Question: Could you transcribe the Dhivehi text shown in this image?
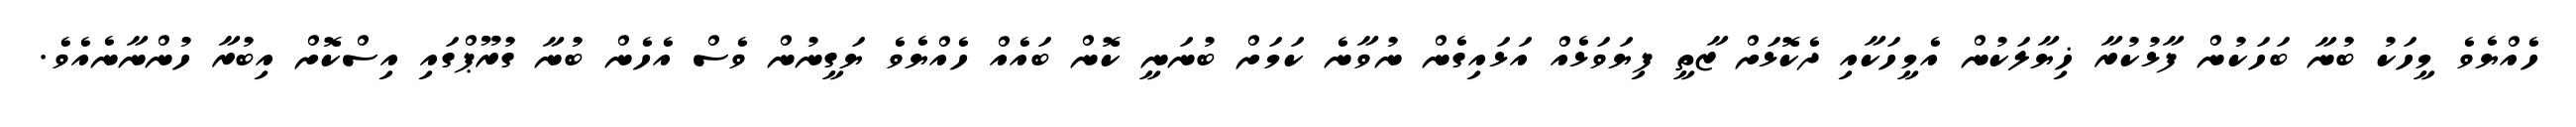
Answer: ހެއްޔެވެ މީހަކު ބުނާ ބަހަކުން ފާޅުކުރާ ޚިޔާލަކުން އެމީހަކާއި ދެކޮޅަށް ޒާތީ ފިޔަވަޅެއް އަޅައިގެން ނުވާނެ ކަމަށް ބުނަނީ ކޮން ބައެއް ހެއްޔެވެ ޔަގީނުން ވެސް އެހެން ބުނާ ގުރޫޕްގައި އިސްކޮށް އިބުރާ ހުންނާނެއެވެ.